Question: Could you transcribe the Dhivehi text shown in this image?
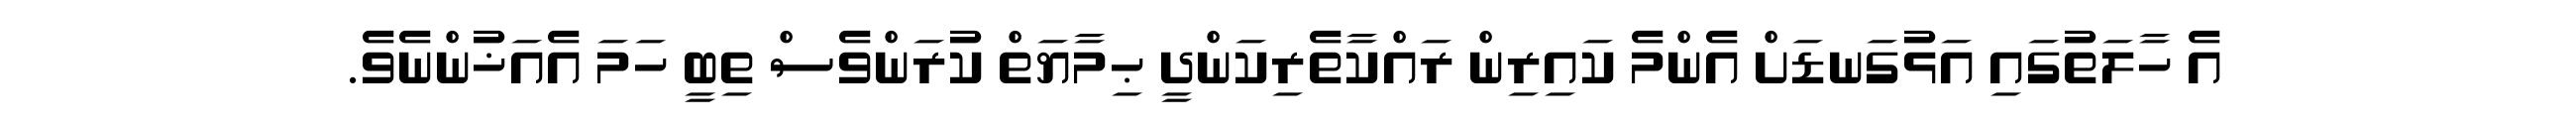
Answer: އެ ހާލަތުގައި އަޅުގަނޑަށް އެންމެ ކައިރިން ރައްކާތެރިކަންދީ ޙިމާޔަތް ކުރަންވެސް ތިބީ ހަމަ އެއަޚުންނެވެ.